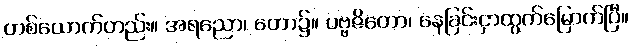
တစ်ယောက်တည်း။ အရညော၊ တော၌။ ပဗ္ဗဇိတော၊ နေခြင်းငှာထွက်မြောက်ပြီ။